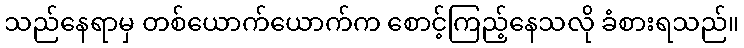
သည်နေရာမှ တစ်ယောက်ယောက်က စောင့်ကြည့်နေသလို ခံစားရသည်။